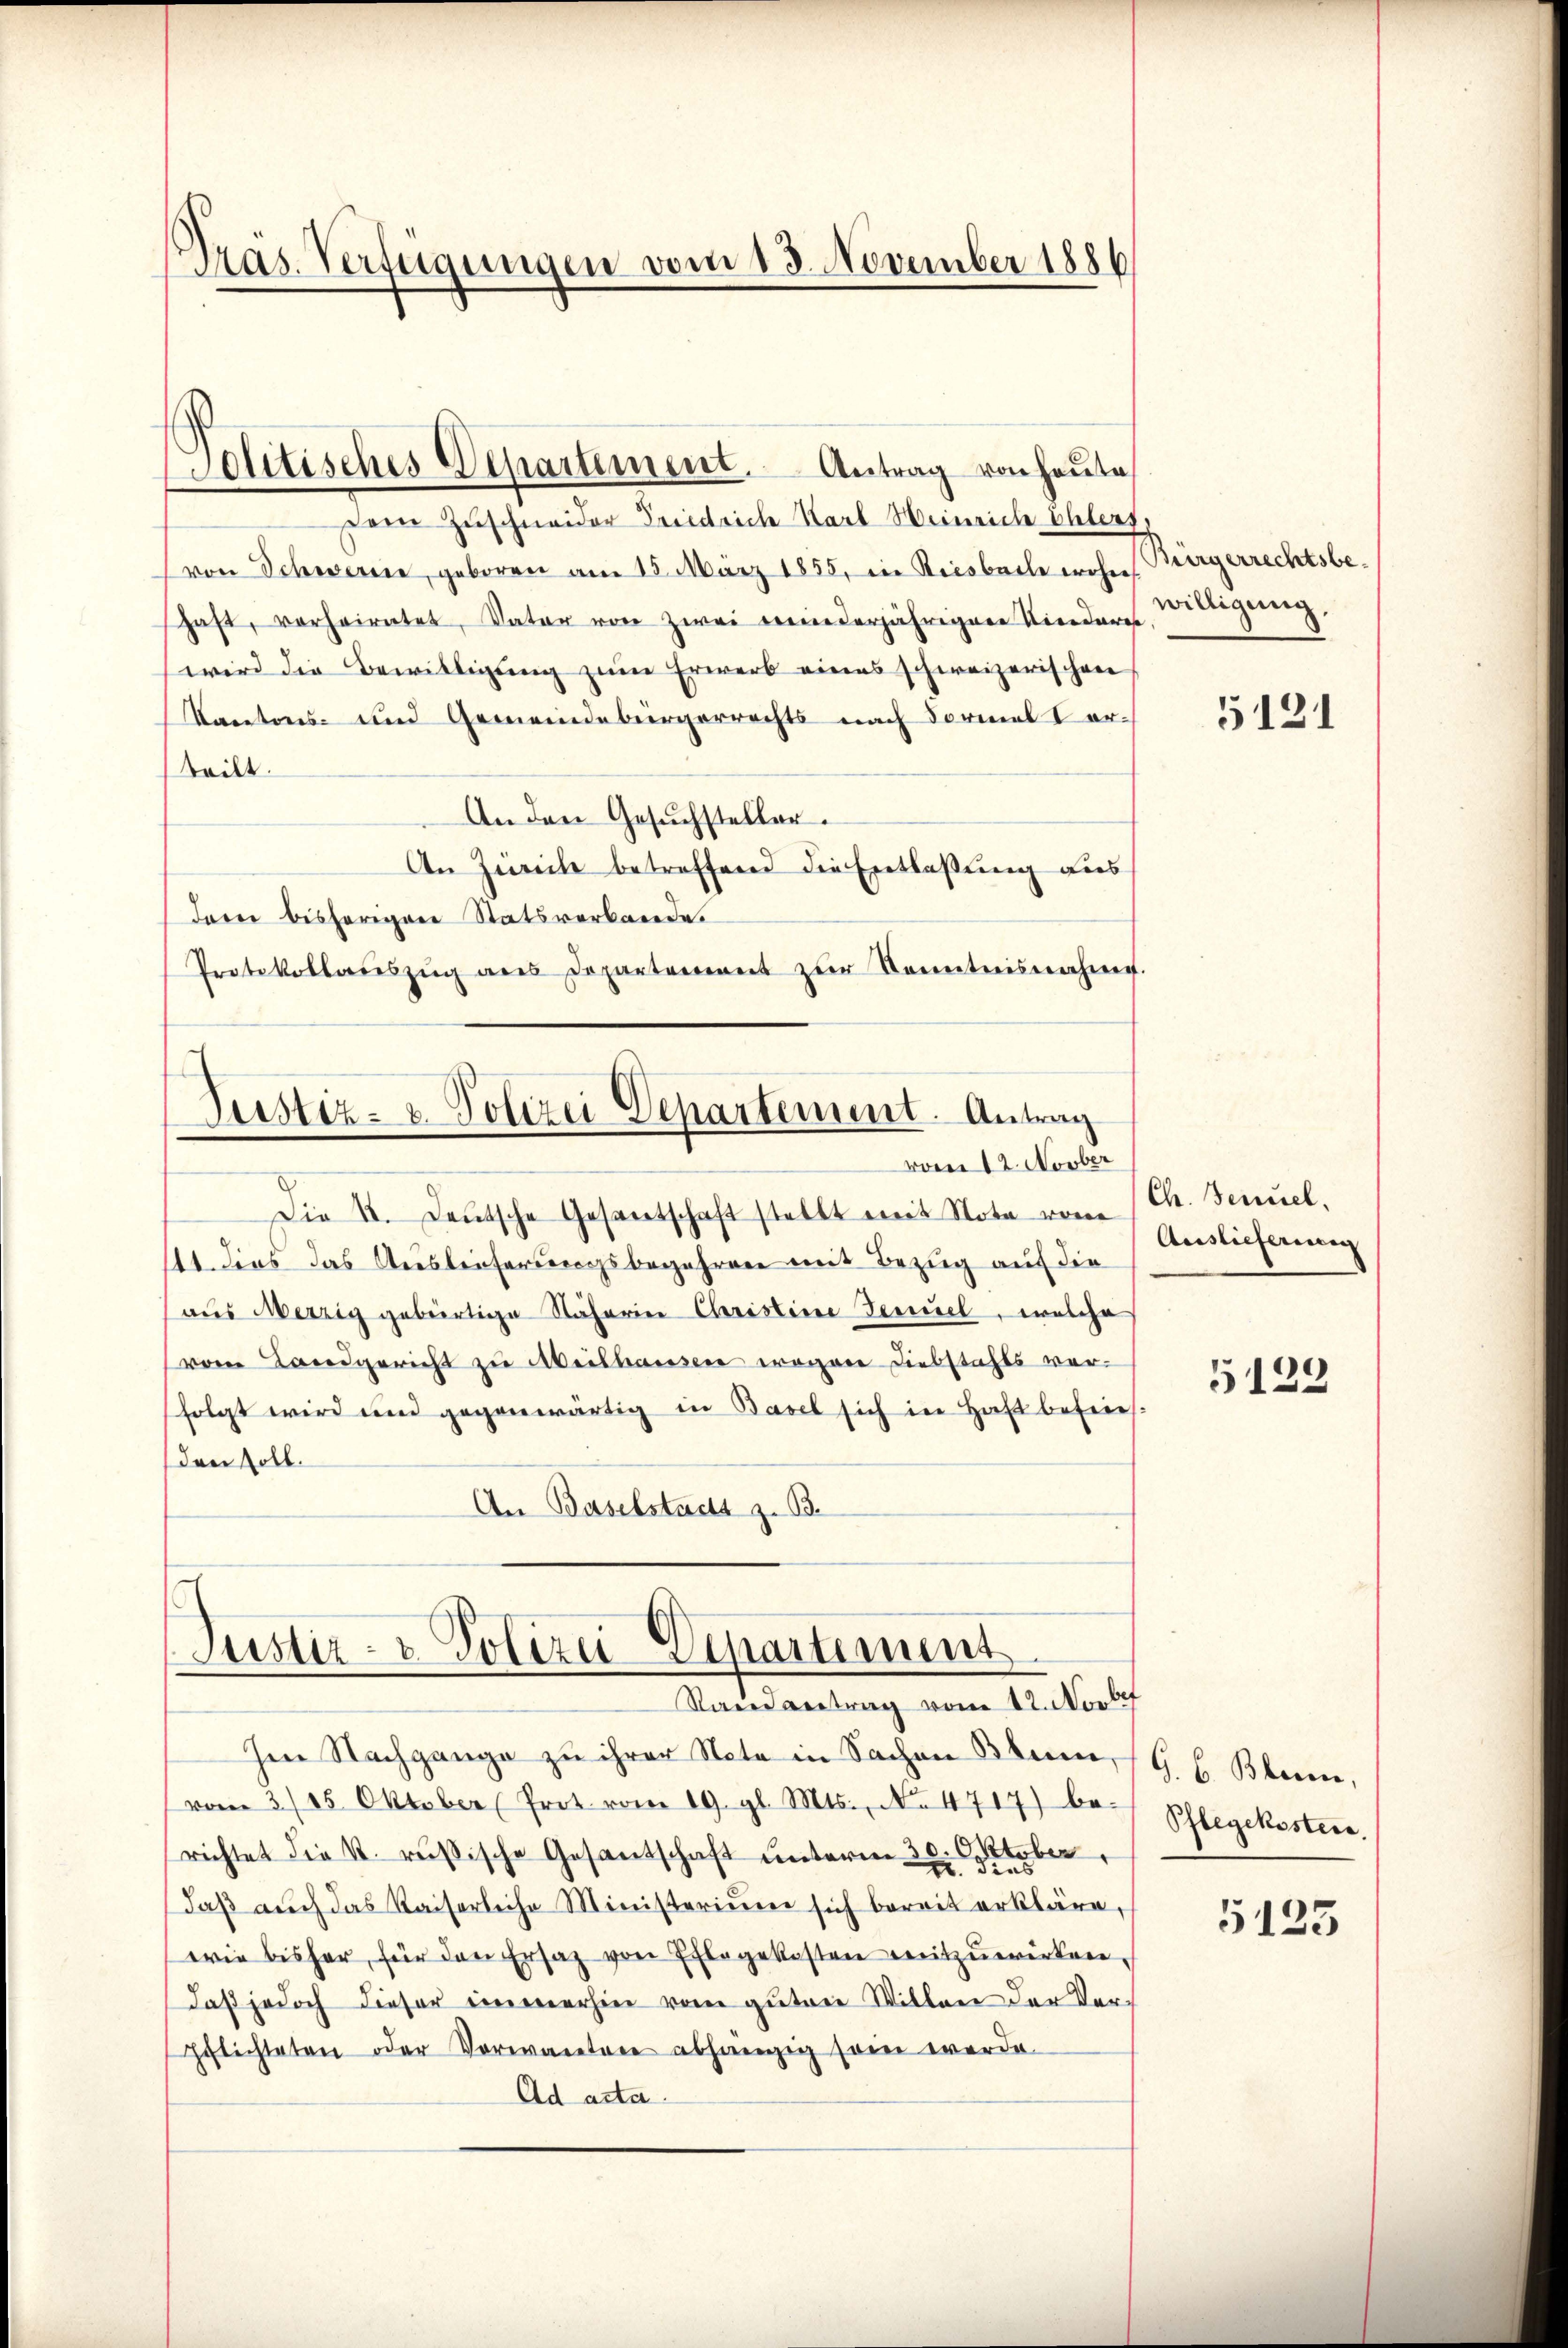
Präs. Verfügungen vom 13. November 1886

sein Zuschneider Heinrich Karl Weinriche Ehlert,
von Schweren, geboren am 15. März 1855, in Riesbache wohne Bürgerrechtsbehaft, verheiratet, Vater von zwei beeinderjährigere Niederet
wird die Bewilligung zum Erwerb eines schweizerischen
Kantons- und Gemeindebürgerrechts nach Formel I erteilt.
An den Gesuchsteller.
An Zürich betreffend die Entlaßung aus
darei bisherigen Statsverbande.
Protokollaŭszŭg ans Departement zŭr Kenntnisnahme.

Politisches Departement. Antrag von heute

Justiz- & Polizei Departement. Antrag
vom 12. Novber

Die 4. Deutsche Gesantschaft stellt mit Nota vom 1 Ch. Senuel,
11 dies das Auslieferungsbegehren mit Bezug auf die
aus Merzig gebürtige Näherin Christine Fernel, welche
vom Landgericht zu Meilhausen wegen Diebstahls verfolgt wird und gegenwärtig in Basel sich in Haft befrieh.
(den soll.
An Baselstadt z. B.

(Justiz- & Polizei-Departement
Standvertrag vom 12. Novbr

Ien Nachgange zu ihrer Note in Sachen Blum, G. E. Bleine,
vom 3/25. Oktober (Prot. vom 19. gl. Mts., No. 4717) be-
richtet die k. rußische Gesandschaft unterm 3
daβ aŭch das Kaiserliche Ministerium sich bereit erkläre,
wie bisher, für den Ersatz von Pflegekosten mitzuwirken.
daß jedoch dieser immerhin vom guten Willen der Verpflichteten oder Vorwartere abhängig sein werde.
Ad acta.

d aber

willigung.

5121

Auslieferung

5122

Pflegekostere.

5125